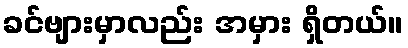
ခင်ဗျားမှာလည်း အမှား ရှိတယ်။